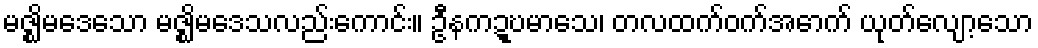
မဇ္ဈိမဒေသော မဇ္ဈိမဒေသလည်းကောင်း။ ဦနကဍ္ဎမာသေ၊ တလထက်ဝက်အောက် ယုတ်လျော့သော